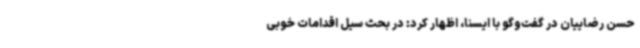
حسن رضاییان در گفت‌وگو با ایسنا، اظهار کرد: در بحث سیل اقدامات خوبی